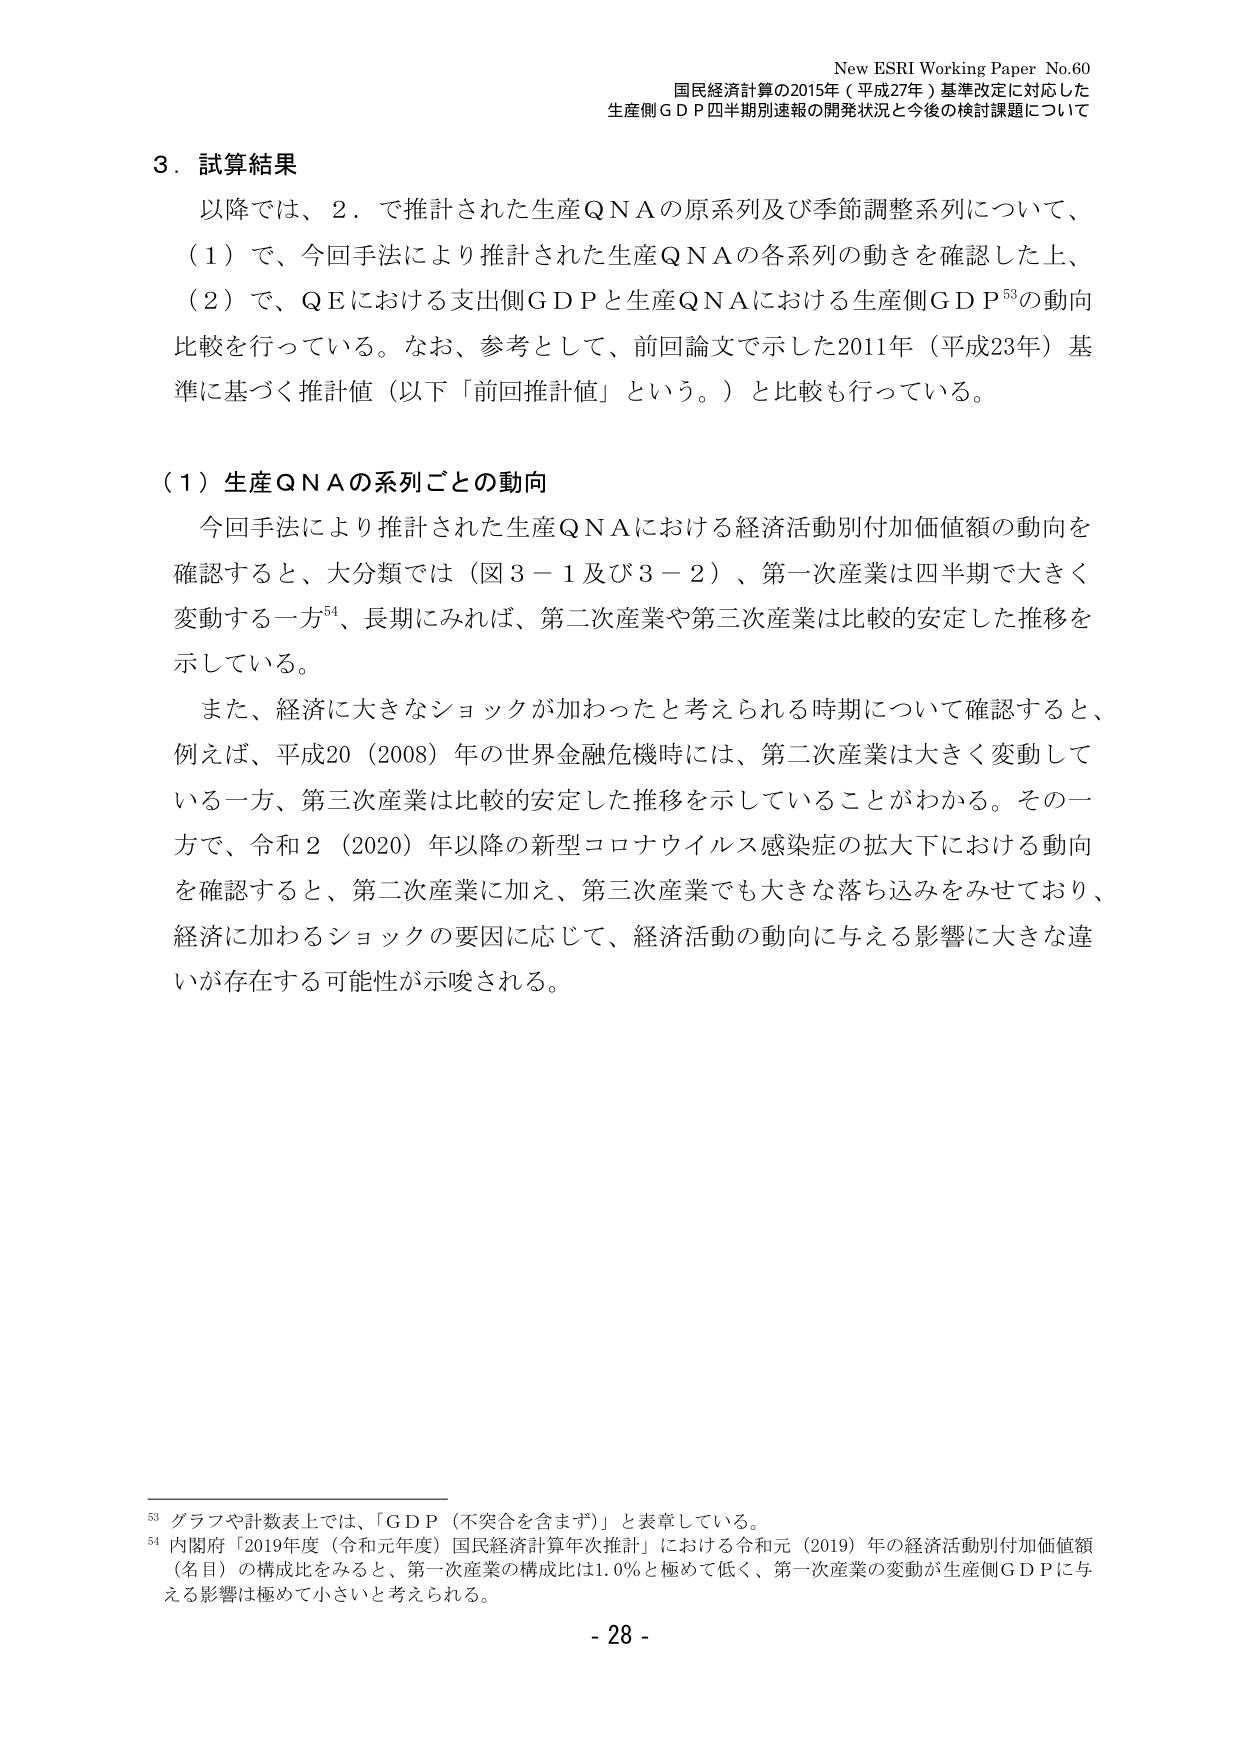
New ESRI Working Paper No.60
国民経済計算の2015年（平成27年）基準改定に対応した
生産側ＧＤＰ四半期別速報の開発状況と今後の検討課題について

３．試算結果
以降では、２．で推計された生産ＱＮＡの原系列及び季節調整系列について、
（１）で、今回手法により推計された生産ＱＮＡの各系列の動きを確認した上、
（２）で、ＱＥにおける支出側ＧＤＰと生産ＱＮＡにおける生産側ＧＤＰ⁵³の動向
比較を行っている。なお、参考として、前回論文で示した2011年（平成23年）基
準に基づく推計値（以下「前回推計値」という。）と比較も行っている。

（１）生産ＱＮＡの系列ごとの動向
今回手法により推計された生産ＱＮＡにおける経済活動別付加価値額の動向を
確認すると、大分類では（図３－１及び３－２）、第一次産業は四半期で大きく
変動する一方⁵⁴、長期にみれば、第二次産業や第三次産業は比較的安定した推移を
示している。
また、経済に大きなショックが加わったと考えられる時期について確認すると、
例えば、平成20（2008）年の世界金融危機時には、第二次産業は大きく変動して
いる一方、第三次産業は比較的安定した推移を示していることがわかる。その一
方で、令和２（2020）年以降の新型コロナウイルス感染症の拡大下における動向
を確認すると、第二次産業に加え、第三次産業でも大きな落ち込みをみせており、
経済に加わるショックの要因に応じて、経済活動の動向に与える影響に大きな違
いが存在する可能性が示唆される。

⁵³ グラフや計数表上では、「ＧＤＰ（不突合を含まず）」と表章している。
⁵⁴ 内閣府「2019年度（令和元年度）国民経済計算年次推計」における令和元（2019）年の経済活動別付加価値額
（名目）の構成比をみると、第一次産業の構成比は1.0％と極めて低く、第一次産業の変動が生産側ＧＤＰに与
える影響は極めて小さいと考えられる。

- 28 -